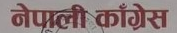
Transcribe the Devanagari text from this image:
नेपाली काँग्रेस